Problem: 25 + 20 = ?
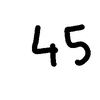
Handwritten answer: 45